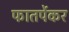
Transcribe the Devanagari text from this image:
फातर्पेकर